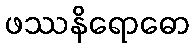
ဖဿနိရောဓော